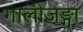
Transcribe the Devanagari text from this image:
गालीजङ्गा